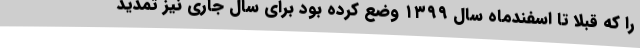
را که قبلا تا اسفندماه سال ۱۳۹۹ وضع کرده بود برای سال جاری نیز تمدید